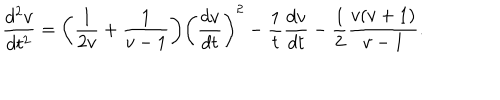
LaTeX: \frac { d ^ { 2 } v } { d t ^ { 2 } } = \biggl ( \frac { 1 } { 2 v } + \frac { 1 } { v - 1 } \biggr ) \biggl ( \frac { d v } { d t } \biggr ) ^ { 2 } - \frac { 1 } { t } \frac { d v } { d t } - \frac { 1 } { 2 } \frac { v ( v + 1 ) } { v - 1 } .